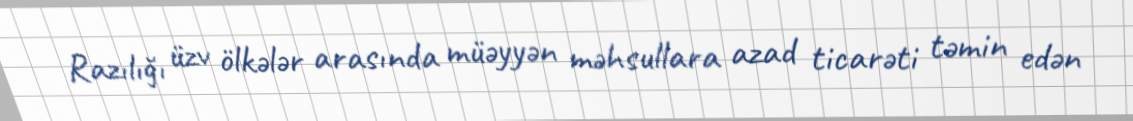
Razılığı üzv ölkələr arasında müəyyən məhsullara azad ticarəti təmin edən